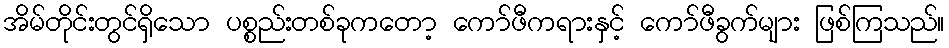
အိမ်တိုင်းတွင်ရှိသော ပစ္စည်းတစ်ခုကတော့ ကော်ဖီကရားနှင့် ကော်ဖီခွက်များ ဖြစ်ကြသည်။